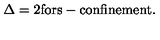
\Delta = 2 \mathrm { f o r s - c o n f i n e m e n t } .